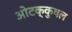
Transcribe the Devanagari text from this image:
ओटक्कुषल